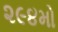
૨૯૪મો